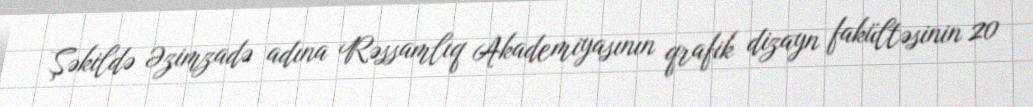
Şəkildə Əzimzadə adına Rəssamlıq Akademiyasının qrafik dizayn fakültəsinin 20